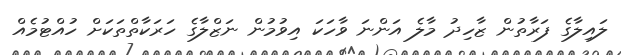
ލައިލާގެ ފަރާތުން ޒާހިދު މާލެ އަންނަ ވާހަކަ އިވުމުން ނަޒްލާގެ ހަރަކާތްތަކަށް ހުއްޓުމެއް